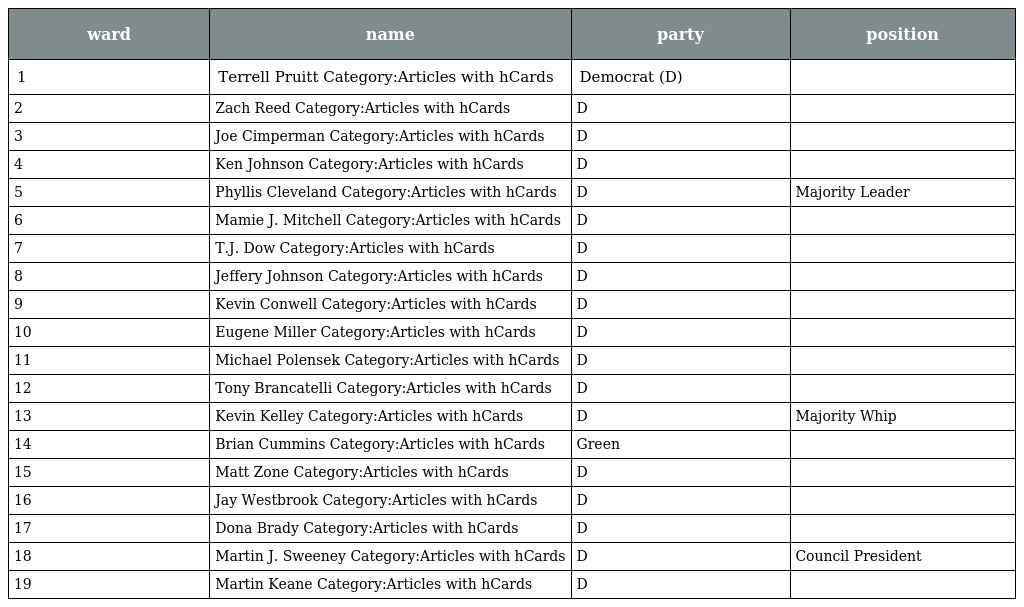
| ward | name | party | position |
 | --- | --- | --- | --- |
 | 1 | Terrell Pruitt Category:Articles with hCards | Democrat (D) |  |
 | 2 | Zach Reed Category:Articles with hCards | D |  |
 | 3 | Joe Cimperman Category:Articles with hCards | D |  |
 | 4 | Ken Johnson Category:Articles with hCards | D |  |
 | 5 | Phyllis Cleveland Category:Articles with hCards | D | Majority Leader |
 | 6 | Mamie J. Mitchell Category:Articles with hCards | D |  |
 | 7 | T.J. Dow Category:Articles with hCards | D |  |
 | 8 | Jeffery Johnson Category:Articles with hCards | D |  |
 | 9 | Kevin Conwell Category:Articles with hCards | D |  |
 | 10 | Eugene Miller Category:Articles with hCards | D |  |
 | 11 | Michael Polensek Category:Articles with hCards | D |  |
 | 12 | Tony Brancatelli Category:Articles with hCards | D |  |
 | 13 | Kevin Kelley Category:Articles with hCards | D | Majority Whip |
 | 14 | Brian Cummins Category:Articles with hCards | Green |  |
 | 15 | Matt Zone Category:Articles with hCards | D |  |
 | 16 | Jay Westbrook Category:Articles with hCards | D |  |
 | 17 | Dona Brady Category:Articles with hCards | D |  |
 | 18 | Martin J. Sweeney Category:Articles with hCards | D | Council President |
 | 19 | Martin Keane Category:Articles with hCards | D |  |